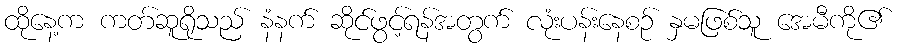
ထိုနေ့က ကတ်ဆူရိုသည် နံနက် ဆိုင်ဖွင့်ရန်အတွက် လုံးပန်းနေစဉ် နှမဖြစ်သူ အေမီကို၏